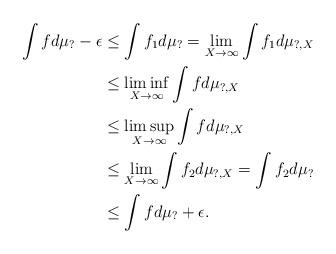
LaTeX: \begin{align*}\int fd\mu_?-\epsilon&\leq\int f_1d\mu_?=\lim_{X\rightarrow\infty}\int f_1d\mu_{?,X}\\&\leq\liminf_{X\rightarrow\infty}\int fd\mu_{?,X}\\&\leq\limsup_{X\rightarrow\infty}\int fd\mu_{?,X}\\&\leq\lim_{X\rightarrow\infty}\int f_2d\mu_{?,X}=\int f_2d\mu_?\\&\leq\int fd\mu_?+\epsilon.\end{align*}